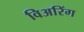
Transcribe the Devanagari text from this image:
विअरिंग